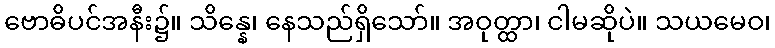
ဗောဓိပင်အနီး၌။ သိန္နေ၊ နေသည်ရှိသော်။ အဝုတ္ထာ၊ ငါမဆိုပဲ။ သယမေဝ၊